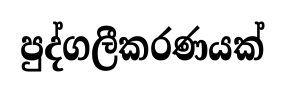
පුද්ගලීකරණයක්